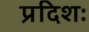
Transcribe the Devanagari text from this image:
प्रदिशः